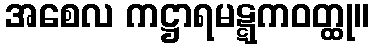
အစေလ ကဋ္ဌာရမဋ္ဋကဝတ္ထု။